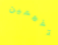
أتفهمين